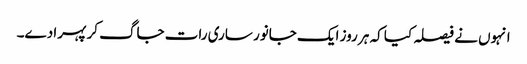
انہوں نے فیصلہ کیا کہ ہر روز ایک جانور ساری رات جاگ کر پہرا دے۔